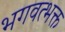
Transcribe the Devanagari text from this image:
भगवत्भक्त